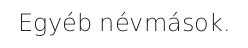
Egyéb névmások.